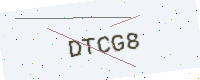
Text: DTCG8